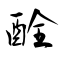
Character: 酫